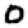
Digit: 0